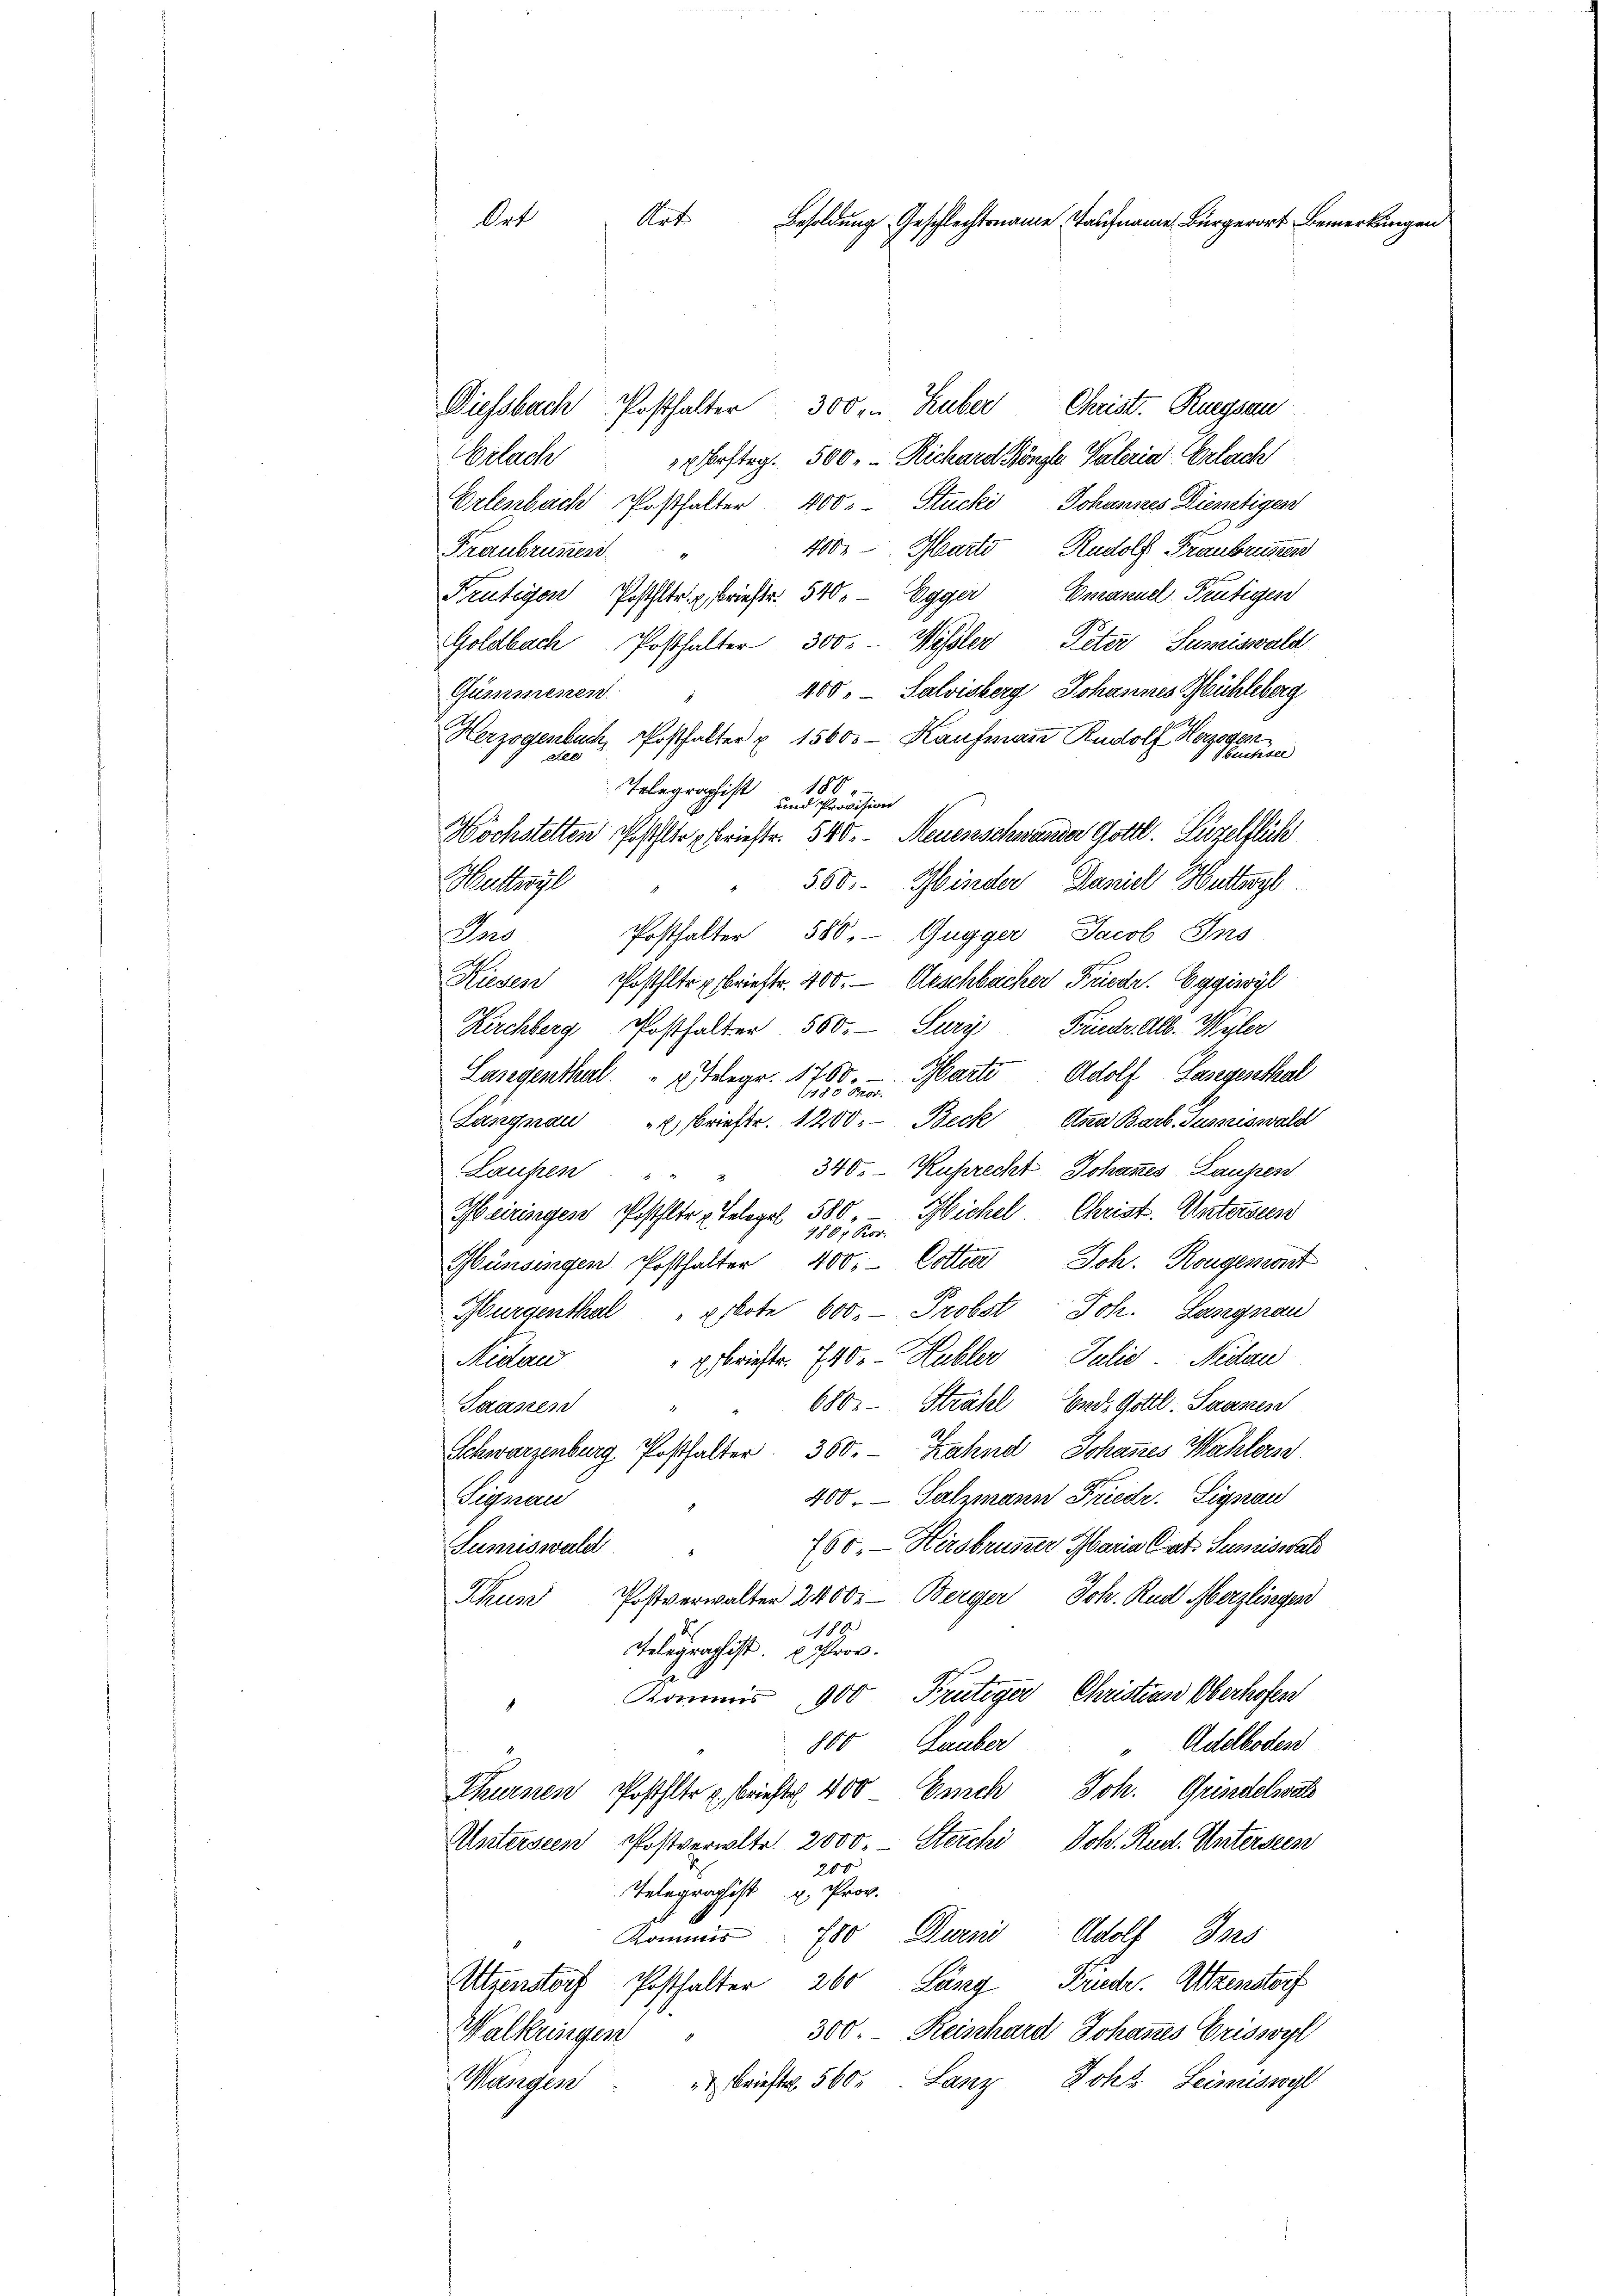
Art
Art
Besoldung Geschlechtsname Taufname Bürgerort Bemerkungen

Diessbach Posthalter
Christ. Ruegsau
300m Huber
Arlach Erstag. 500. Richard Köngler Vateria Erlach
Erlenbach Posthalter 400. Stucki, Johannes Dienstigen
400. Parto Rudolf Franbrüszen
Fraeubrunnen.
Frutigen Poststr. Briester. 540. - Egger Emanuel Frutigen
Goldbach Posthalter 300. - Wissler, Peter Sumeiswald
400, Salvisberg, Johannes Mühleberg
Gummenen
Herzogenbuch, Posthalter & 1560. - Kaufmann Rudolf Ho
Ste
180.
Telegraphist
und Provision
Höchstelten Posthalte brieste. 540. Neuenschwander Gottl. Luzelflück
560.
Minder Daniel Huttergl
Huttwyl
Posthalter 580. Gugger Jacob Ins
dus
Kiesen Posthlte Briefte. 400. Geschbacker Friedr. Eggisyl
Kirchberg Posthalter 550. Sury Friedr. Alb. Müler
Harte Adolf Gasegenthal
Lasegenthal " " telegr. 1760.
1980 Fr.
Langnau briefte. 1200.- Beck Anna Barb. Susziswald
340. Ruprecht, Johannes Laupen
Laufen "
Meiringen Posthalte Belegel 585 " Michel, Christ. Untersten
Münsingen Posthalter 400.- Dotter Joh. Rogenant
Bürgenthal " Eskote 600. - Probst Joh. Lasegnau
Nidau
Esbriefte. 740. - Hubler Julii Medai
680. Strahl Ende Gottl. Saanen
Saanen
Schwarzenburg Posthalter 360. Zahnd, Johannes Wahles
400. - Salmann Friedr. Signau
Signau
760. — Hirsbrunner Maria Cat. Sumiswal
Sumiswald
Postverwalter 2400.- Berger Joh. Rud Merzlisegen
Blume
89.
Telegraphist. Prov.

Kommis 900 Frutiger Christian Oberhofen
1
Adelboden
Lauber
15
Joh. Gründelwal
Churnen Posthlte u. brieft 400 nich
Unterseen Postverwalte 2000 Stecki, Joh. Rud. Untersten
200
Telegraphist u. Prov.
Kommer 780 Durni Adolf Jos
Utzenstorf Posthalter 260 Lszy Friedr. Altzenstorf
300. Reinhard Johannes Crissoyl
Walkringen
Johs. Leimiswyl
 Brieften 560. Lanz
Wangen